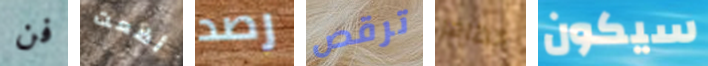
فن أضعت رصد ترقص اتظاهر سيكون